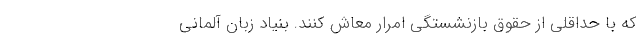
که با حداقلی از حقوق بازنشستگی امرار معاش کنند. بنیاد زبان آلمانی